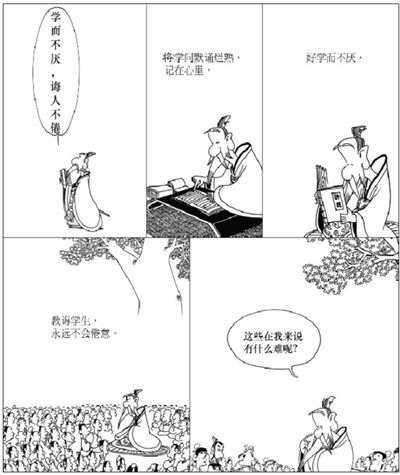
默而识之，学而不厌，诲人不倦，何有于我哉！